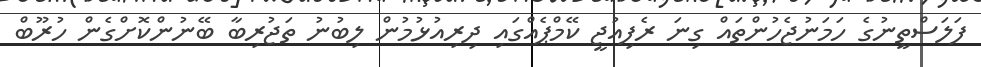
ފަލަސްތީނުގެ ހަމަނުޖެހުންތައް ގިނަ ރެފިއުޖީ ކޭމްޕެއްގައި ދިރިއުޅުމުން ލިބުނު ތަޖުރިބާ ބޭނުންކޮށްގެން ހުރޫބް